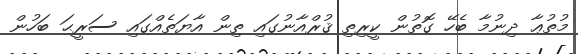
މުތުޢާ ދިނުމާ ބެހޭ ގޮތުން ކީރިތި ޤުރްއާނުގައި ތިން އާޔަތެއްގައި ސަރީޙަ ބަހުން